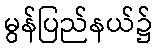
မွန်ပြည်နယ်၌